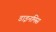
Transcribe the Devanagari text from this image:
डाइनमिस